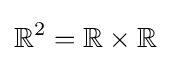
\mathbb {R} ^{2}=\mathbb {R} \times \mathbb {R}